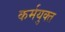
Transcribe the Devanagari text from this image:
कर्मयुक्त